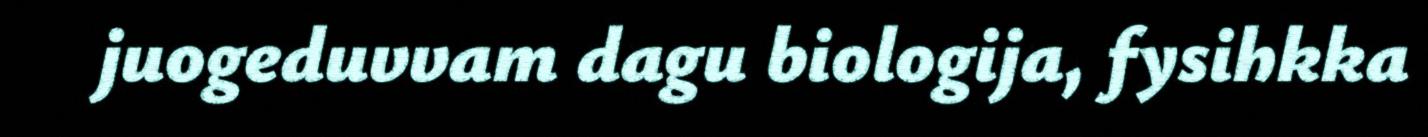
juogeduvvam dagu biologija, fysihkka